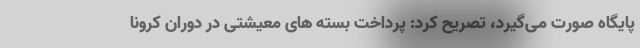
پایگاه صورت می‌گیرد، تصریح کرد: پرداخت بسته های معیشتی در دوران کرونا